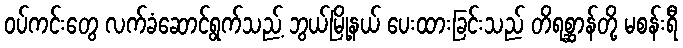
ဝပ်ကင်းတွေ လက်ခံဆောင်ရွက်သည့် ဘွယ်မြို့နယ် ပေးထားခြင်းသည် တိရစ္ဆာန်တို့ မစန်းရီ